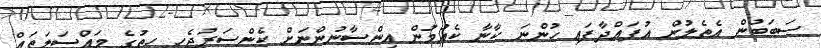
ސަބަބުން އެތެލުން އުފައްދާފައި ހުންނަ ކާނާ ކެއުމުން އިންސާނުންނަށް ކެންސަރުޖެހި ހިތުގެ މައްސަލަތައް